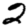
Digit: 2